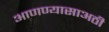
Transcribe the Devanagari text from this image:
आणण्यासाअठी